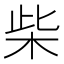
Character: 柴